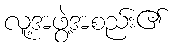
လူ့အဖွဲ့အစည်း၏